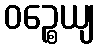
ဝဉ္စေယျ